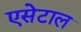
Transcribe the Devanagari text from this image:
एसेटाल